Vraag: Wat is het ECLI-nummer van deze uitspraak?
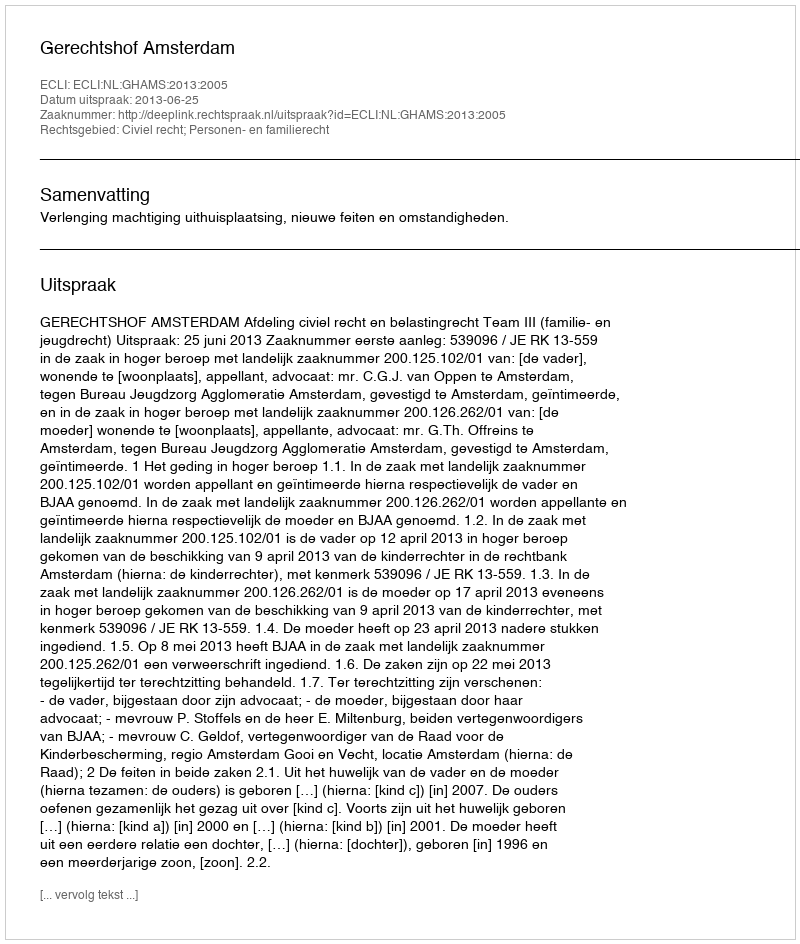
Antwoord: ECLI:NL:GHAMS:2013:2005